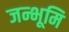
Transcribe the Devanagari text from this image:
जन्भूमि